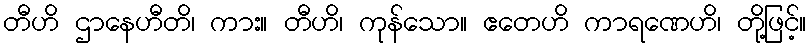
တီဟိ ဌာနေဟီတိ၊ ကား။ တီဟိ၊ ကုန်သော။ ဧတေဟိ ကာရဏေဟိ၊ တို့ဖြင့်။